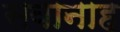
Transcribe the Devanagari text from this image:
सवानाह